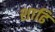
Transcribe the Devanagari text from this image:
शाढि